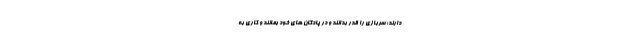
دارند؛ سربازی را قدر بدانند و در پادگان های خود بمانند و کاری به